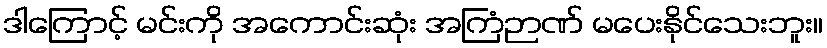
ဒါကြောင့် မင်းကို အကောင်းဆုံး အကြံဉာဏ် မပေးနိုင်သေးဘူး။